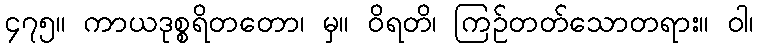
၄၇၅။ ကာယဒုစ္စရိတတော၊ မှ။ ဝိရတိ၊ ကြဉ်တတ်သောတရား။ ဝါ၊